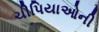
ચીપિયાઓની